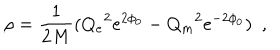
\rho = \frac { 1 } { 2 M } ( { Q _ { e } } ^ { 2 } e ^ { 2 \phi _ { 0 } } - { Q _ { m } } ^ { 2 } e ^ { - 2 \phi _ { 0 } } ) ~ ~ ,